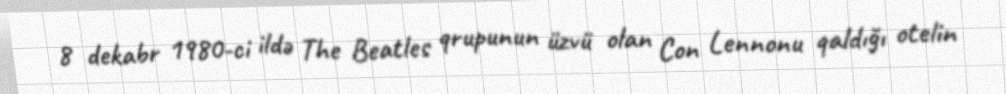
8 dekabr 1980-ci ildə The Beatles qrupunun üzvü olan Con Lennonu qaldığı otelin